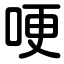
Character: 哽